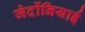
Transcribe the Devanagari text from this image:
जेर्दोनियाई